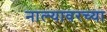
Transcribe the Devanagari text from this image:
नाल्यावरच्या